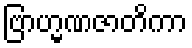
ဗြာဟ္မဏဇာတိကာ